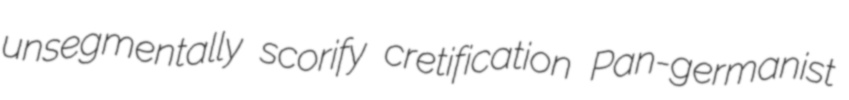
unsegmentally scorify cretification Pan-germanist